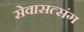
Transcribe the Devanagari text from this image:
सेवासत्संग